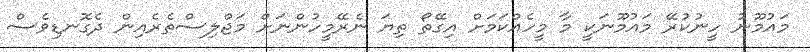
މައުމޫނު ހީނުކުރޭ މައުމޫނަކީ މާ މީހެއްކަމަށް އިގޭތޯ ތިޔަ ނެރޭމީހުންނަށް މަޖްލިސްތެރެއިން ދެގޮނޑިވެސް